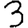
Digit: 3